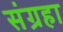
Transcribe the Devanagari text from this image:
संग्रहा